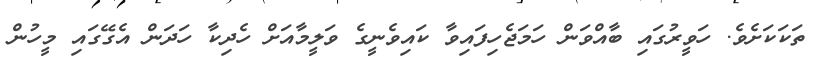
ތަކަކަށެވެ. ހަވީރުގައި ބާއްވަން ހަމަޖެހިފައިވާ ކައިވެނީގެ ވަލީމާއަށް ހެދިކާ ހަދަން އެގޭގައި މީހުން